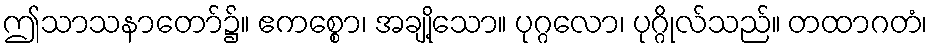
ဤသာသနာတော်၌။ ဧကစ္စော၊ အချို့သော။ ပုဂ္ဂလော၊ ပုဂ္ဂိုလ်သည်။ တထာဂတံ၊